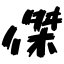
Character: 傑